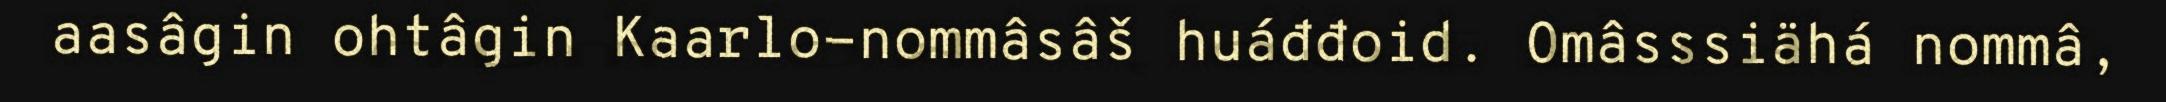
aasâgin ohtâgin Kaarlo-nommâsâš huáđđoid. Omâsssiähá nommâ,